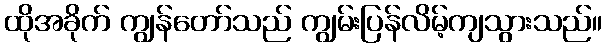
ထိုအခိုက် ကျွန်တော်သည် ကျွမ်းပြန်လိမ့်ကျသွားသည်။